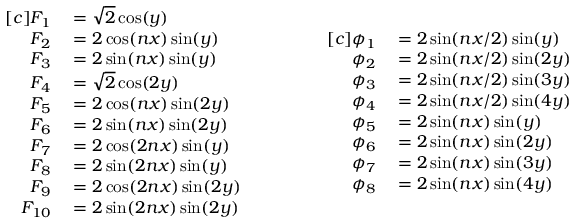
\begin{array} { r l } { [ c ] F _ { 1 } } & { { } = \sqrt { 2 } \cos ( y ) } \\ { F _ { 2 } } & { { } = 2 \cos ( n x ) \sin ( y ) } \\ { F _ { 3 } } & { { } = 2 \sin ( n x ) \sin ( y ) } \\ { F _ { 4 } } & { { } = \sqrt { 2 } \cos ( 2 y ) } \\ { F _ { 5 } } & { { } = 2 \cos ( n x ) \sin ( 2 y ) } \\ { F _ { 6 } } & { { } = 2 \sin ( n x ) \sin ( 2 y ) } \\ { F _ { 7 } } & { { } = 2 \cos ( 2 n x ) \sin ( y ) } \\ { F _ { 8 } } & { { } = 2 \sin ( 2 n x ) \sin ( y ) } \\ { F _ { 9 } } & { { } = 2 \cos ( 2 n x ) \sin ( 2 y ) } \\ { F _ { 1 0 } } & { { } = 2 \sin ( 2 n x ) \sin ( 2 y ) } \end{array} \qquad \qquad \begin{array} { r l } { [ c ] \phi _ { 1 } } & { { } = 2 \sin ( n x / 2 ) \sin ( y ) } \\ { \phi _ { 2 } } & { { } = 2 \sin ( n x / 2 ) \sin ( 2 y ) } \\ { \phi _ { 3 } } & { { } = 2 \sin ( n x / 2 ) \sin ( 3 y ) } \\ { \phi _ { 4 } } & { { } = 2 \sin ( n x / 2 ) \sin ( 4 y ) } \\ { \phi _ { 5 } } & { { } = 2 \sin ( n x ) \sin ( y ) } \\ { \phi _ { 6 } } & { { } = 2 \sin ( n x ) \sin ( 2 y ) } \\ { \phi _ { 7 } } & { { } = 2 \sin ( n x ) \sin ( 3 y ) } \\ { \phi _ { 8 } } & { { } = 2 \sin ( n x ) \sin ( 4 y ) } \end{array}